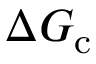
\Delta G _ { \mathrm { c } }